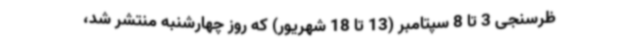
ظرسنجی 3 تا 8 سپتامبر (13 تا 18 شهریور) که روز چهارشنبه منتشر شد،